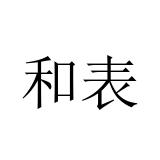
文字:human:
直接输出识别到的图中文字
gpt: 和表